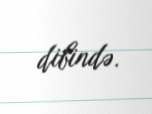
dibində.